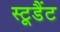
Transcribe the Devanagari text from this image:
स्टूडैंट